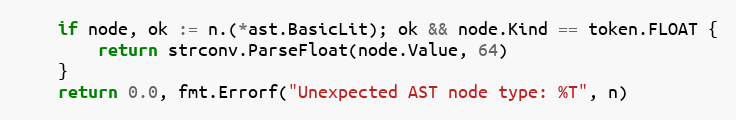
Language: Go
	if node, ok := n.(*ast.BasicLit); ok && node.Kind == token.FLOAT {
		return strconv.ParseFloat(node.Value, 64)
	}
	return 0.0, fmt.Errorf("Unexpected AST node type: %T", n)